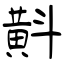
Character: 斢